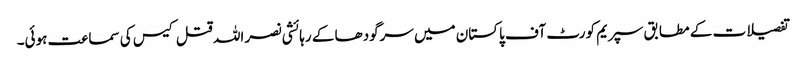
تفصیلات کے مطابق سپریم کورٹ آف پاکستان میں سرگودھا کے رہائشی نصر اللہ قتل کیس کی سماعت ہوئی۔